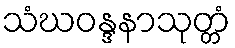
သံဃဝန္ဒနာသုတ္တံ